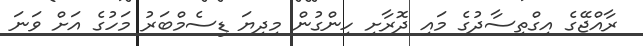
ރާއްޖޭގެ އިގްތިސާދުގެ މައި ދޮރާށި ހިންގުން މިދިޔަ ޑިސެމްބަރު މަހުގެ އަށް ވަނަ